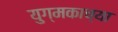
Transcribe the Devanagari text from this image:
युग्मकाच्या